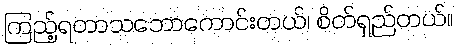
ကြည့်ရတာသဘောကောင်းတယ်၊ စိတ်ရှည်တယ်။